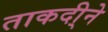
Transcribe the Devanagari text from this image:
ताकदी्ने